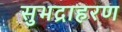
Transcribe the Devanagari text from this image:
सुभद्राहरण